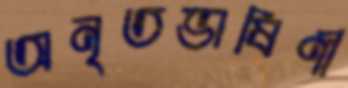
অনৃতভাষিণী